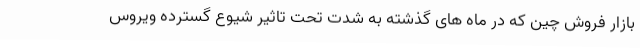
بازار فروش چین که در ماه های گذشته به شدت تحت تاثیر شیوع گسترده ویروس